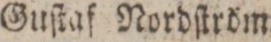
Guſtaf Nordſtröm.